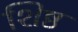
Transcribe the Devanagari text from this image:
शिष्ठ